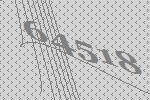
64518